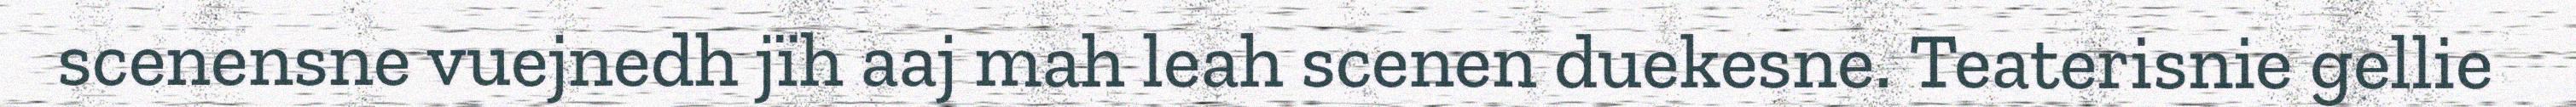
scenensne vuejnedh jïh aaj mah leah scenen duekesne. Teaterisnie gellie